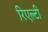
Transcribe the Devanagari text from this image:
रिएल्टी